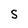
Character: S